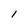
Character: l